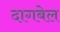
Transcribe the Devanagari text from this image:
दागबेल